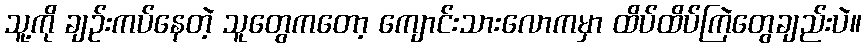
သူ့ကို ချဉ်းကပ်နေတဲ့ သူတွေကတော့ ကျောင်းသားလောကမှာ ထိပ်ထိပ်ကြဲတွေချည်းပဲ။